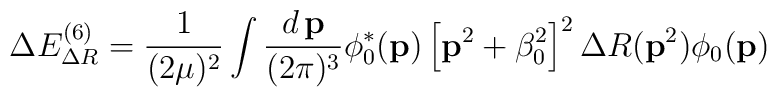
\Delta E^{(6)}_{\Delta R}=\frac 1{(2\mu )^2}\int\frac {d\,{\bf p}}{(2\pi )^3}\phi^{*}_0({\bf p})\left[{\bf p}^2+\beta_0^2\right]^2\Delta R({\bf p}^2)\phi_0({\bf p})